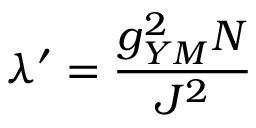
\lambda ^ { \prime } = \frac { g _ { Y M } ^ { 2 } N } { J ^ { 2 } }